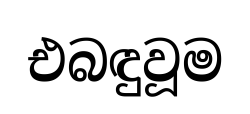
එබඳුවූම